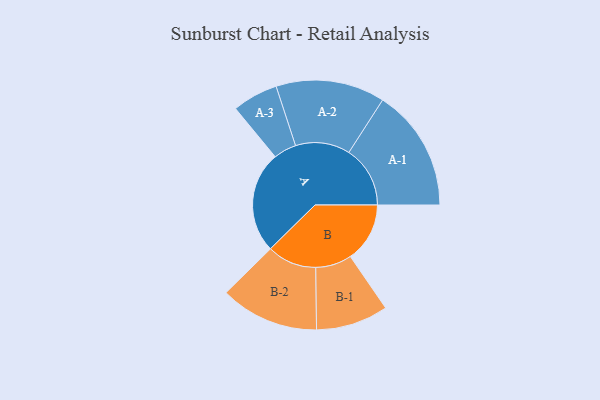
{"axis": {"x": "Segment", "y": "Value"}, "legend": ["", "A", "B"], "data": [{"x": "A", "y": 498, "type": ""}, {"x": "B", "y": 291, "type": ""}, {"x": "A-1", "y": 300, "type": "A"}, {"x": "A-2", "y": 267, "type": "A"}, {"x": "A-3", "y": 112, "type": "A"}, {"x": "B-1", "y": 177, "type": "B"}, {"x": "B-2", "y": 242, "type": "B"}]}